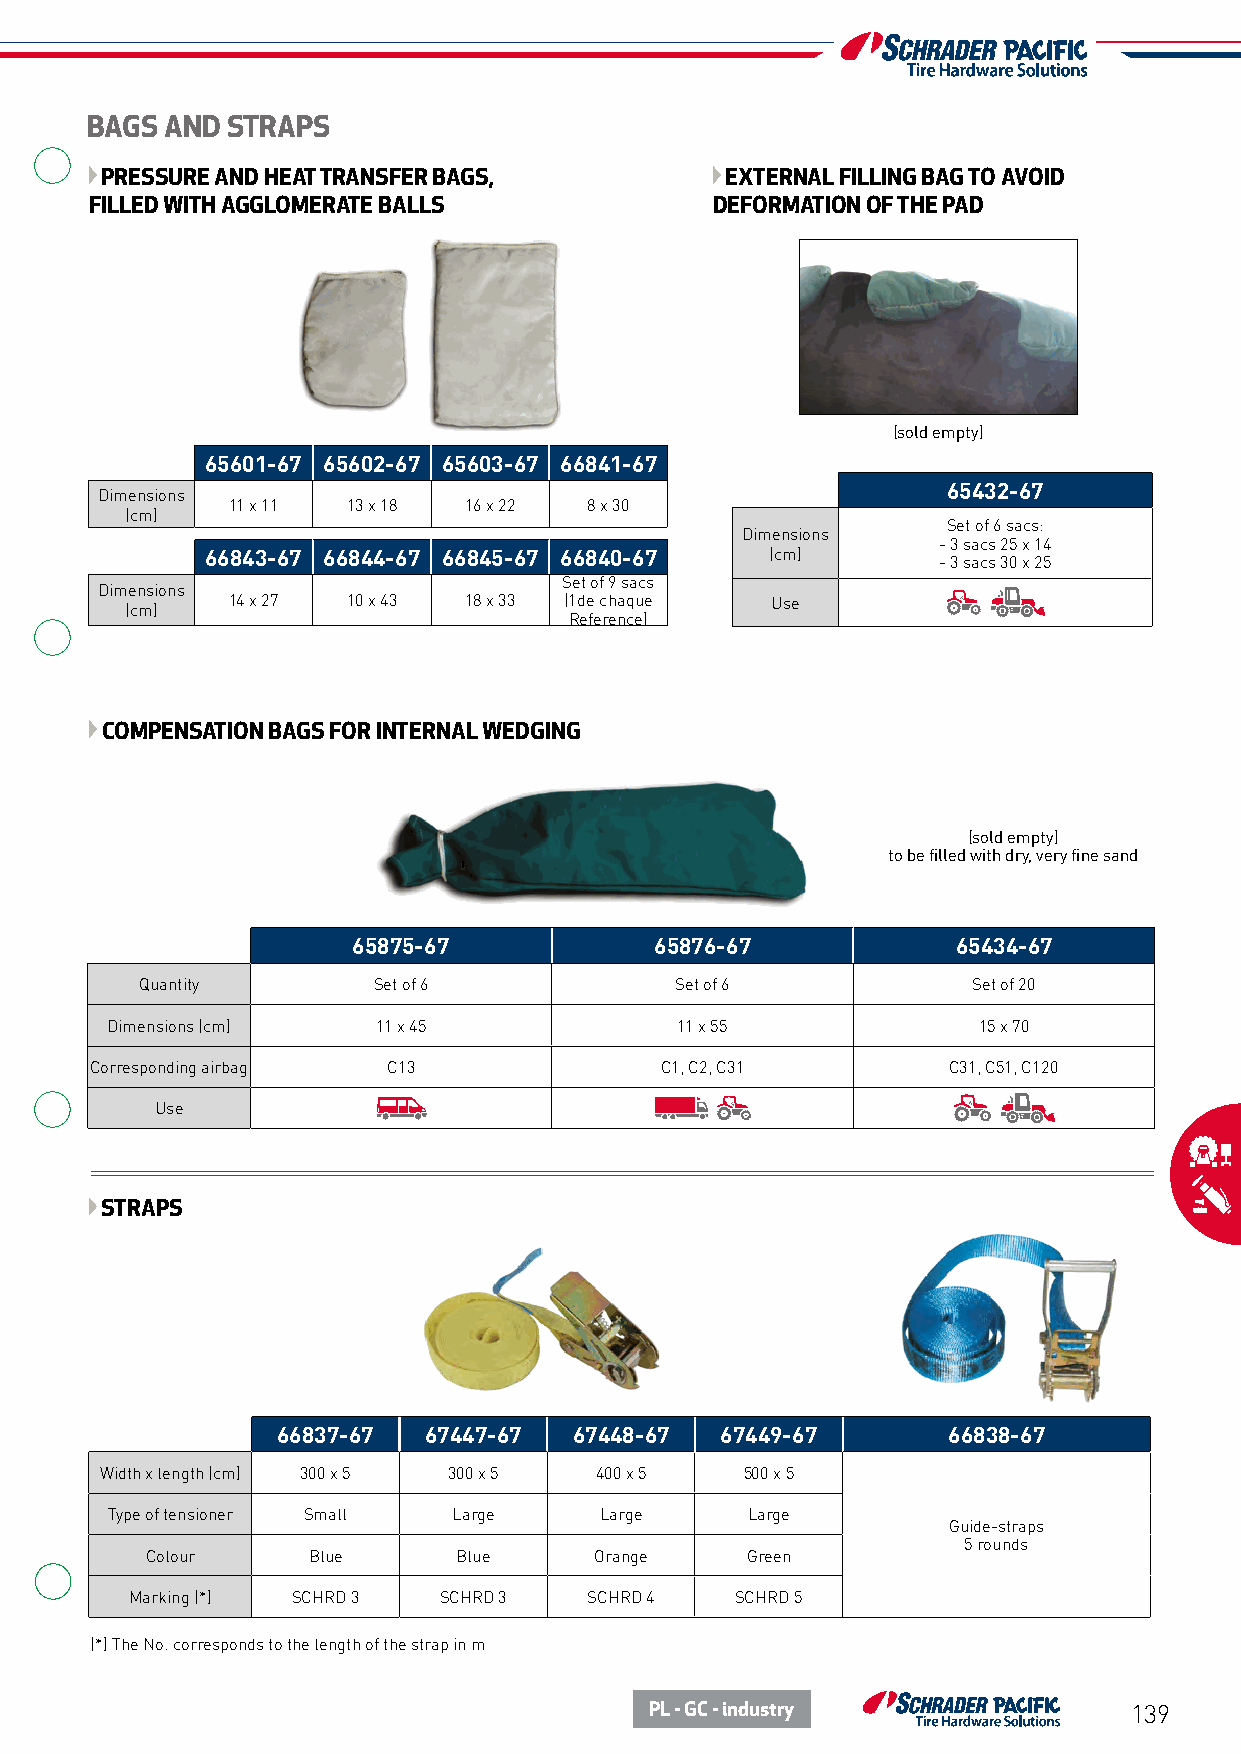
BAGS AND STRAPS
 PRESSURE AND HEAT TRANSFER BAGS,         EXTERNAL FILLING BAG TO AVOID
 FILLED WITH AGGLOMERATE BALLS            DEFORMATION OF THE PAD
 (sold empty)
 65601-67 65602-67 65603-67 66841-67
 65432-67
 Dimensions
 11 x 11 13 x 18 16 x 22 8 x 30
 (cm)
 Set of 6 sacs:
 Dimensions
 - 3 sacs 25 x 14
 66843-67 66844-67 66845-67 66840-67  (cm)
 - 3 sacs 30 x 25
 Set of 9 sacs
 Dimensions
 14 x 27 10 x 43 18 x 33 (1de chaque Use
 (cm)
 Reference)
 COMPENSATION BAGS FOR INTERNAL WEDGING
 (sold empty)
 to be filled with dry, very fine sand
 65875-67            65876-67            65434-67
 Quantity        Set of 6            Set of 6           Set of 20
 Dimensions (cm)   11 x 45             11 x 55             15 x 70
 Corresponding airbag C13              C1, C2, C31        C31, C51, C120
 Use
 STRAPS
 66837-67  67447-67  67448-67  67449-67       66838-67
 Width x length (cm) 300 x 5 300 x 5 400 x 5 500 x 5
 Type of tensioner Small Large    Large    Large
 Guide-straps
 5 rounds
 Colour    Blue      Blue     Orange    Green
 Marking (*) SCHRD 3 SCHRD 3   SCHRD 4   SCHRD 5
 (*) The No. corresponds to the length of the strap in m
 PL - GC - industry              139